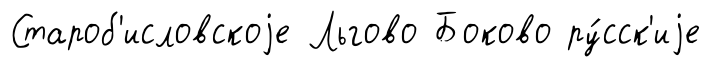
Староб'исловскоjе Льгово Боково ру́сск'иjе